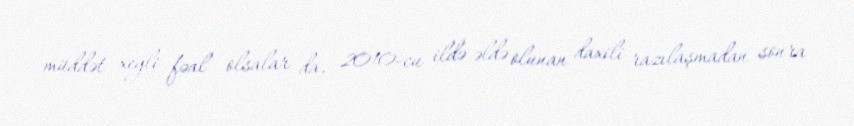
müddət xeyli fəal olsalar da, 2010-cu ildə əldə olunan daxili razılaşmadan sonra